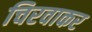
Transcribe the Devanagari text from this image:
चिरवाकर